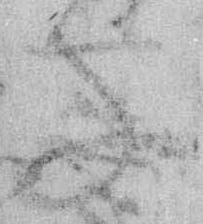
子